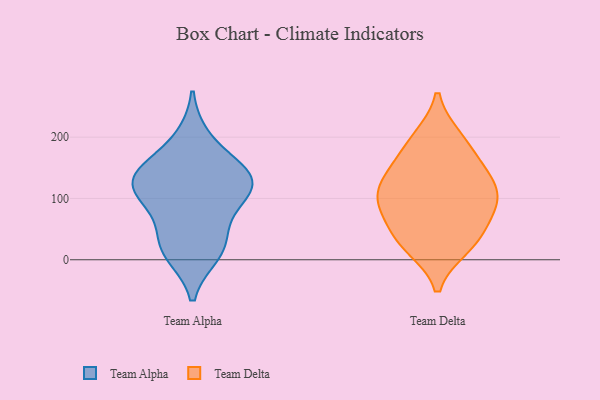
{"axis": {"x": "LTV (USD)", "y": "Value"}, "legend": ["Team Alpha", "Team Delta"], "data": [{"x": "", "y": 25, "type": "Team Alpha"}, {"x": "", "y": 128, "type": "Team Alpha"}, {"x": "", "y": 143, "type": "Team Alpha"}, {"x": "", "y": 85, "type": "Team Alpha"}, {"x": "", "y": 97, "type": "Team Alpha"}, {"x": "", "y": 125, "type": "Team Alpha"}, {"x": "", "y": 25, "type": "Team Alpha"}, {"x": "", "y": 143, "type": "Team Alpha"}, {"x": "", "y": 197, "type": "Team Alpha"}, {"x": "", "y": 11, "type": "Team Alpha"}, {"x": "", "y": 129, "type": "Team Alpha"}, {"x": "", "y": 98, "type": "Team Delta"}, {"x": "", "y": 97, "type": "Team Delta"}, {"x": "", "y": 91, "type": "Team Delta"}, {"x": "", "y": 147, "type": "Team Delta"}, {"x": "", "y": 21, "type": "Team Delta"}, {"x": "", "y": 22, "type": "Team Delta"}, {"x": "", "y": 43, "type": "Team Delta"}, {"x": "", "y": 156, "type": "Team Delta"}, {"x": "", "y": 195, "type": "Team Delta"}, {"x": "", "y": 89, "type": "Team Delta"}, {"x": "", "y": 134, "type": "Team Delta"}, {"x": "", "y": 46, "type": "Team Delta"}, {"x": "", "y": 199, "type": "Team Delta"}, {"x": "", "y": 116, "type": "Team Delta"}]}